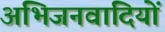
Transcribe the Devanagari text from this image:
अभिजनवादियों